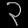
Digit: ၃